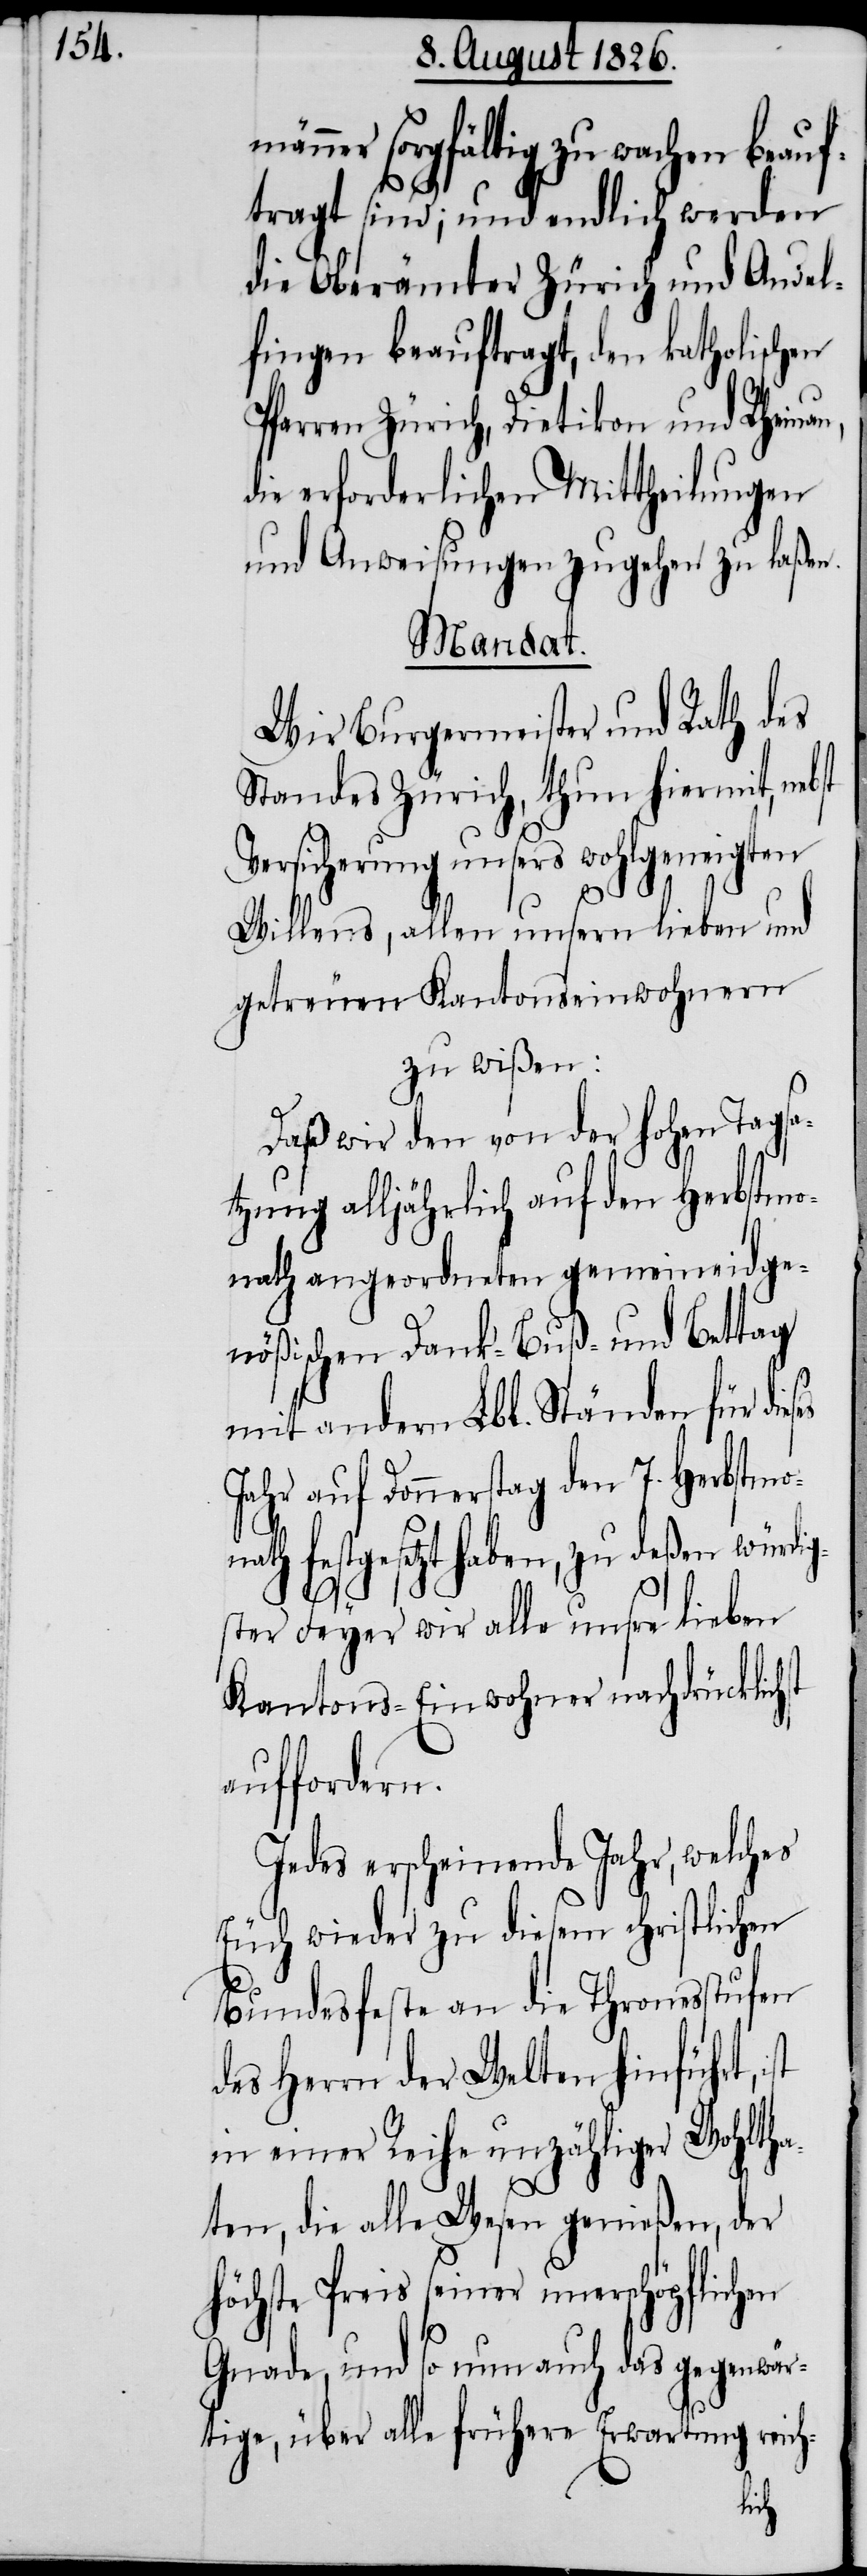
männer sorgfältig zu wachen beauf¬
tragt sind; und endlich werden
die Oberämter Zürich und Andel¬
fingen beauftragt, den katholischen
Pfarren Zürich, Dietikon und Rheina¬
die erforderlichen Mittheilungen
und Anweisungen zugehen zu laßen.
Mandat.
Wir Burgermeister und Rath des
Standes Zürich, thun hiermit, nebst
Versicherung unsers wohlgeneigten
Willens, allen unsern lieben und
getreuen Kantonseinwohner
zu wißen:
Daß wir den von der hohen Tagsa¬
tzung alljährlich auf den Herbstmo¬
nath angeordneten gemeineidge¬
nößischen Dank-[,] Buß- und Bettag
mit andern Lbl. Ständen für die¬
Jahr auf Donnerstag den 7. Herbstmo¬
festgesetzt haben, zu deßen wür¬
ster Feyer wir alle unsre lieben
Kantons-Einwohner nachdrücklich¬
auffordern.
Jedes erscheinende Jahr, welches
Euch wieder zu diesem christlichen
Bundesfeste an die Thronesstufen
des Herrn der Welten hinführt,
in einer Reihe unzähliger Wohlth¬
en
aten, die alle Wesen genießen, der
chste Preis seiner unerschöpflich¬
Gnade, und so nun auch das gegenwär¬
tige, über alle frühere Erwartung reich-
dig¬